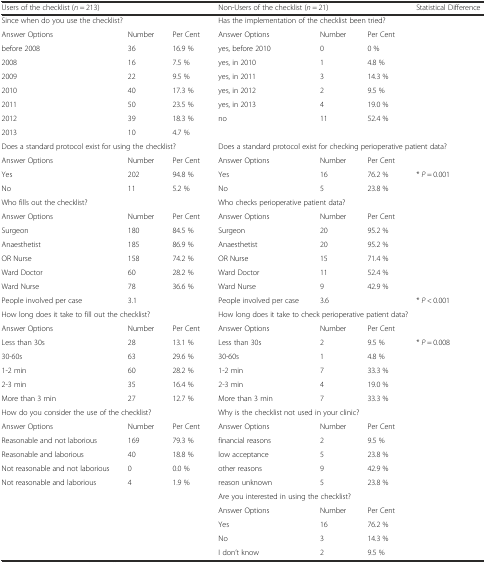
<table><thead><tr><td colspan="3"><b>Users of the checklist (<i>n</i> = 213)</b></td><td colspan="3"><b>Non-Users of the checklist (<i>n</i> = 21)</b></td><td><b>Statistical Difference</b></td></tr></thead><tbody><tr><td colspan="3">Since when do you use the checklist?</td><td colspan="4">Has the implementation of the checklist been tried?</td></tr><tr><td>Answer Options</td><td>Number</td><td>Per Cent</td><td>Answer Options</td><td>Number</td><td>Per Cent</td><td>[EMPTY_CELL]</td></tr><tr><td>before 2008</td><td>36</td><td>16.9 %</td><td>yes, before 2010</td><td>0</td><td>0 %</td><td>[EMPTY_CELL]</td></tr><tr><td>2008</td><td>16</td><td>7.5 %</td><td>yes, in 2010</td><td>1</td><td>4.8 %</td><td>[EMPTY_CELL]</td></tr><tr><td>2009</td><td>22</td><td>9.5 %</td><td>yes, in 2011</td><td>3</td><td>14.3 %</td><td>[EMPTY_CELL]</td></tr><tr><td>2010</td><td>40</td><td>17.3 %</td><td>yes, in 2012</td><td>2</td><td>9.5 %</td><td>[EMPTY_CELL]</td></tr><tr><td>2011</td><td>50</td><td>23.5 %</td><td>yes, in 2013</td><td>4</td><td>19.0 %</td><td>[EMPTY_CELL]</td></tr><tr><td>2012</td><td>39</td><td>18.3 %</td><td>no</td><td>11</td><td>52.4 %</td><td>[EMPTY_CELL]</td></tr><tr><td>2013</td><td>10</td><td>4.7 %</td><td>[EMPTY_CELL]</td><td>[EMPTY_CELL]</td><td>[EMPTY_CELL]</td><td>[EMPTY_CELL]</td></tr><tr><td colspan="3">Does a standard protocol exist for using the checklist?</td><td colspan="4">Does a standard protocol exist for checking perioperative patient data?</td></tr><tr><td>Answer Options</td><td>Number</td><td>Per Cent</td><td>Answer Options</td><td>Number</td><td>Per Cent</td><td>[EMPTY_CELL]</td></tr><tr><td>Yes</td><td>202</td><td>94.8 %</td><td>Yes</td><td>16</td><td>76.2 %</td><td rowspan="2">* <i>P</i> = 0.001</td></tr><tr><td>No</td><td>11</td><td>5.2 %</td><td>No</td><td>5</td><td>23.8 %</td></tr><tr><td colspan="2">Who fills out the checklist?</td><td>[EMPTY_CELL]</td><td colspan="3">Who checks perioperative patient data?</td><td>[EMPTY_CELL]</td></tr><tr><td>Answer Options</td><td>Number</td><td>Per Cent</td><td>Answer Options</td><td>Number</td><td>Per Cent</td><td>[EMPTY_CELL]</td></tr><tr><td>Surgeon</td><td>180</td><td>84.5 %</td><td>Surgeon</td><td>20</td><td>95.2 %</td><td>[EMPTY_CELL]</td></tr><tr><td>Anaesthetist</td><td>185</td><td>86.9 %</td><td>Anaesthetist</td><td>20</td><td>95.2 %</td><td>[EMPTY_CELL]</td></tr><tr><td>OR Nurse</td><td>158</td><td>74.2 %</td><td>OR Nurse</td><td>15</td><td>71.4 %</td><td>[EMPTY_CELL]</td></tr><tr><td>Ward Doctor</td><td>60</td><td>28.2 %</td><td>Ward Doctor</td><td>11</td><td>52.4 %</td><td>[EMPTY_CELL]</td></tr><tr><td>Ward Nurse</td><td>78</td><td>36.6 %</td><td>Ward Nurse</td><td>9</td><td>42.9 %</td><td>[EMPTY_CELL]</td></tr><tr><td>People involved per case</td><td>3.1</td><td>[EMPTY_CELL]</td><td>People involved per case</td><td>3.6</td><td>[EMPTY_CELL]</td><td>* <i>P</i> &lt; 0.001</td></tr><tr><td colspan="3">How long does it take to fill out the checklist?</td><td colspan="4">How long does it take to check perioperative patient data?</td></tr><tr><td>Answer Options</td><td>Number</td><td>Per Cent</td><td>Answer Options</td><td>Number</td><td>Per Cent</td><td>[EMPTY_CELL]</td></tr><tr><td>Less than 30s</td><td>28</td><td>13.1 %</td><td>Less than 30s</td><td>2</td><td>9.5 %</td><td rowspan="5">* <i>P</i> = 0.008</td></tr><tr><td>30-60s</td><td>63</td><td>29.6 %</td><td>30-60s</td><td>1</td><td>4.8 %</td></tr><tr><td>1-2 min</td><td>60</td><td>28.2 %</td><td>1-2 min</td><td>7</td><td>33.3 %</td></tr><tr><td>2-3 min</td><td>35</td><td>16.4 %</td><td>2-3 min</td><td>4</td><td>19.0 %</td></tr><tr><td>More than 3 min</td><td>27</td><td>12.7 %</td><td>More than 3 min</td><td>7</td><td>33.3 %</td></tr><tr><td colspan="3">How do you consider the use of the checklist?</td><td colspan="4">Why is the checklist not used in your clinic?</td></tr><tr><td>Answer Options</td><td>Number</td><td>Per Cent</td><td>Answer Options</td><td>Number</td><td>Per Cent</td><td>[EMPTY_CELL]</td></tr><tr><td>Reasonable and not laborious</td><td>169</td><td>79.3 %</td><td>financial reasons</td><td>2</td><td>9.5 %</td><td>[EMPTY_CELL]</td></tr><tr><td>Reasonable and laborious</td><td>40</td><td>18.8 %</td><td>low acceptance</td><td>5</td><td>23.8 %</td><td>[EMPTY_CELL]</td></tr><tr><td>Not reasonable and not laborious</td><td>0</td><td>0.0 %</td><td>other reasons</td><td>9</td><td>42.9 %</td><td>[EMPTY_CELL]</td></tr><tr><td>Not reasonable and laborious</td><td>4</td><td>1.9 %</td><td>reason unknown</td><td>5</td><td>23.8 %</td><td>[EMPTY_CELL]</td></tr><tr><td>[EMPTY_CELL]</td><td>[EMPTY_CELL]</td><td>[EMPTY_CELL]</td><td colspan="3">Are you interested in using the checklist?</td><td>[EMPTY_CELL]</td></tr><tr><td>[EMPTY_CELL]</td><td>[EMPTY_CELL]</td><td>[EMPTY_CELL]</td><td>Answer Options</td><td>Number</td><td>Per Cent</td><td>[EMPTY_CELL]</td></tr><tr><td>[EMPTY_CELL]</td><td>[EMPTY_CELL]</td><td>[EMPTY_CELL]</td><td>Yes</td><td>16</td><td>76.2 %</td><td>[EMPTY_CELL]</td></tr><tr><td>[EMPTY_CELL]</td><td>[EMPTY_CELL]</td><td>[EMPTY_CELL]</td><td>No</td><td>3</td><td>14.3 %</td><td>[EMPTY_CELL]</td></tr><tr><td>[EMPTY_CELL]</td><td>[EMPTY_CELL]</td><td>[EMPTY_CELL]</td><td>I don’t know</td><td>2</td><td>9.5 %</td><td>[EMPTY_CELL]</td></tr></tbody></table>